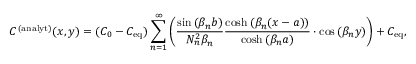
C ^ { \, ( \mathrm { a n a l y t } ) } ( x , y ) = ( C _ { 0 } - C _ { \mathrm { e q } } ) \sum _ { n = 1 } ^ { \infty } \left( \frac { \sin { ( \beta _ { n } b ) } } { N _ { n } ^ { 2 } \beta _ { n } } \frac { \cosh { ( \beta _ { n } ( x - a ) ) } } { \cosh { ( \beta _ { n } a } ) } \cdot \cos { ( \beta _ { n } y ) } \right) + C _ { \mathrm { e q } } ,